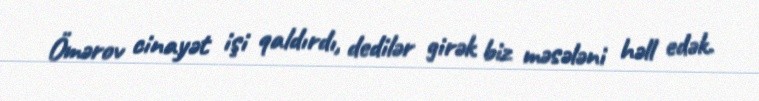
Ömərov cinayət işi qaldırdı, dedilər girək biz məsələni həll edək.